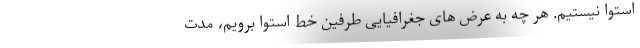
استوا نیستیم. هر چه به عرض های جغرافیایی طرفین خط استوا برویم، مدت